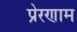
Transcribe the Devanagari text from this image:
प्रेरणाम